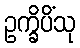
ဥက္ခိပိံသု